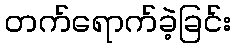
တက်ရောက်ခဲ့ခြင်း